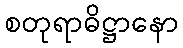
စတုရာဓိဋ္ဌာနော